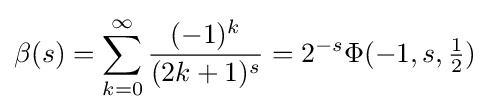
\beta (s)=\sum _{k=0}^{\infty }{\frac {(-1)^{k}}{(2k+1)^{s}}}=2^{-s}\Phi (-1,s,{\tfrac {1}{2}})